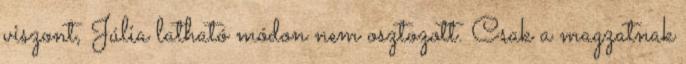
viszont, Júlia latható módon nem osztozott. Csak a magzatnak